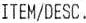
ITEM/DESC.